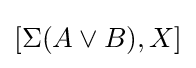
[\Sigma (A\vee B),X]